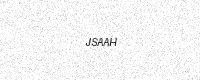
Text: JSAAH